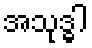
အသုဒ္ဓါ